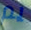
يم